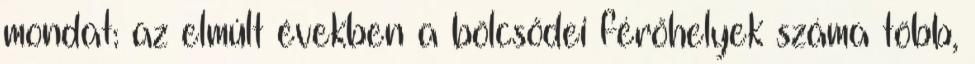
mondat: az elmúlt években a bölcsődei férőhelyek száma több,